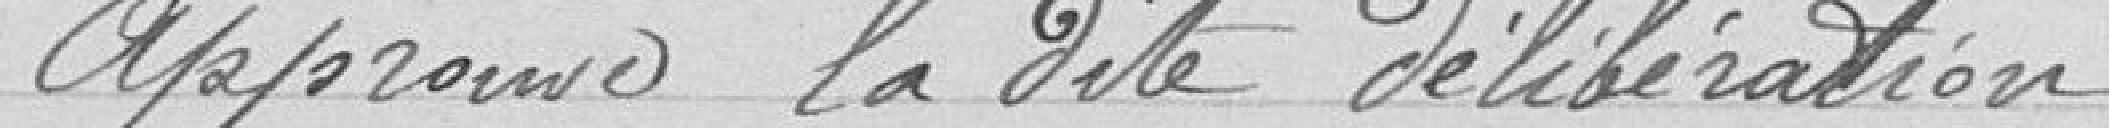
Approuve la dite délibération,